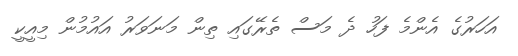
އަހަރުގެ އެންމެ ފަހު ދެ މަސް ތެރޭގައި ތިން މަނަވަރު އައުމުން މިއީކީ